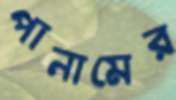
পানামের